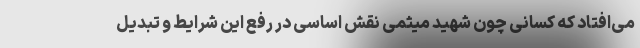
می‌افتاد که کسانی چون شهید میثمی نقش اساسی در رفع این شرایط و تبدیل